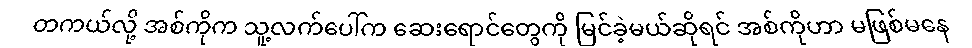
တကယ်လို့ အစ်ကိုက သူ့လက်ပေါ်က ဆေးရောင်တွေကို မြင်ခဲ့မယ်ဆိုရင် အစ်ကိုဟာ မဖြစ်မနေ